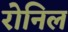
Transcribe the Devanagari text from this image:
रोनिल